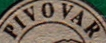
PIVOVAR